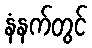
နံနက်တွင်